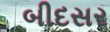
બીદસર